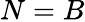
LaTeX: N=B